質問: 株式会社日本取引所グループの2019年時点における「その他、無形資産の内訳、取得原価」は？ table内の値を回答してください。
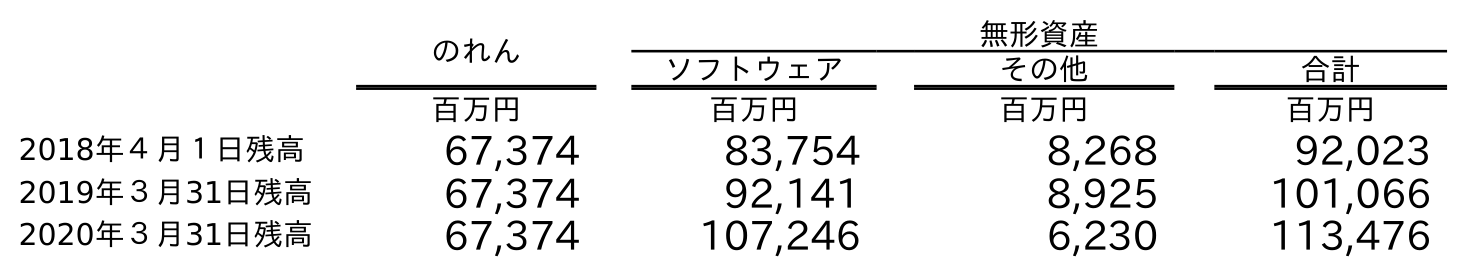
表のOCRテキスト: のれん 無形資産 ソフトウェア その他 合計 百万円 百万円 百万円 百万円 2018年４月１日残高 67,374 83,754 8,268 92,023 2019年３月31日残高 67,374 92,141 8,925 101,066 2020年３月31日残高 67,374 107,246 6,230 113,476
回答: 8,925